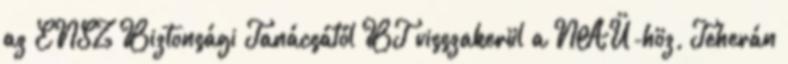
az ENSZ Biztonsági Tanácsától BT visszakerül a NAÜ-höz, Teherán